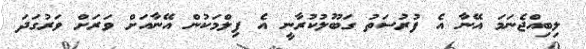
ލިބިއްޖެނަމަ އޭނާ އެ ފުރުސަތު ގަބޫލުކުރާނީ އެ ފިލްމަކުން އޭނާއަށް ވަރަށް ވަރުގަދަ